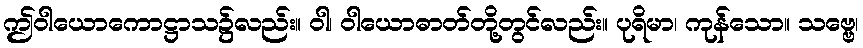
ဤဝါယောကောဋ္ဌာသ၌လည်း။ ဝါ၊ ဝါယောဓာတ်တို့တွင်လည်း။ ပုရိမာ၊ ကုန်သော။ သဗ္ဗေ၊